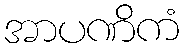
အာပဏိကံ